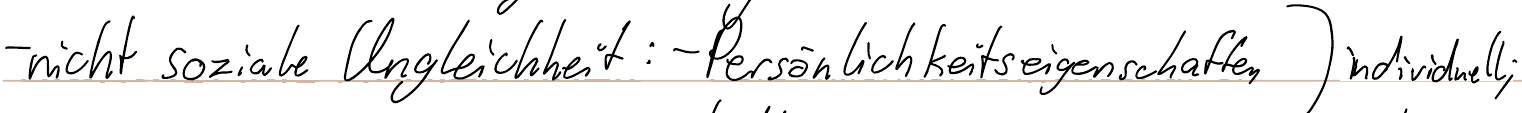
- nicht soziale Ungleichheit: -Persönlichkeitseigenschaften ) individuell;